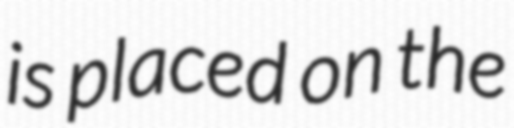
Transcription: is placed on the